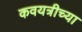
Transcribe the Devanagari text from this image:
कवयत्रीच्या